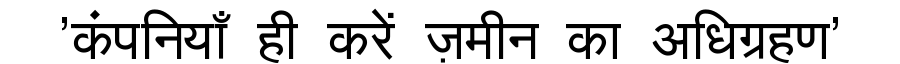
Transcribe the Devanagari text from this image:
'कंपनियाँ ही करें ज़मीन का अधिग्रहण'